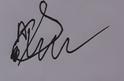
Signature authenticity: forged